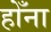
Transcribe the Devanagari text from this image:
होँना